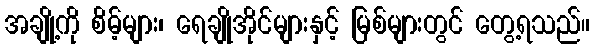
အချို့ကို စိမ့်များ၊ ရေချိုအိုင်များနှင့် မြစ်များတွင် တွေ့ရသည်။